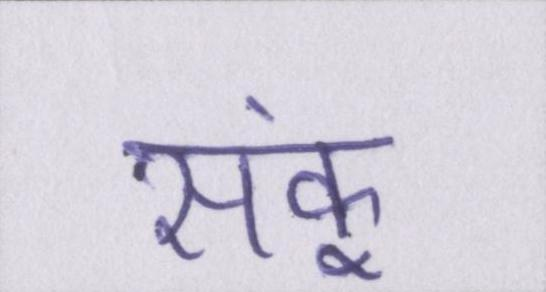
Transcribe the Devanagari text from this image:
सकूं